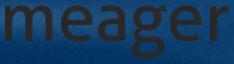
meager